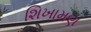
શિખામણ